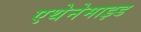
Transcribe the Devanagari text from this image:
एथेनेमाइड